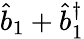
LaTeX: \hat{b}_{1}+\hat{b}_{1}^{\dagger}